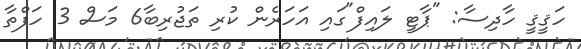
ހަޤީޤީ ހާދިސާ: "ޕާޓީ ލައިފް"ގައި އަހަރެން ކުރި ތަޖުރިބާ6 މަސް 3 ހަފްތާ